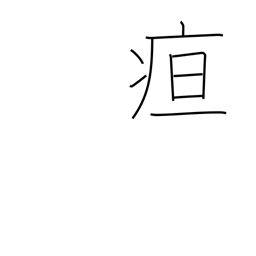
Meaning: jaundice